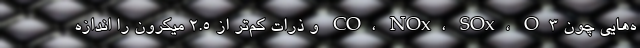
ه‌هایی چون CO، NOx، SOx، O3 و ذرات کم‌تر از ۲.۵ میکرون را اندازه